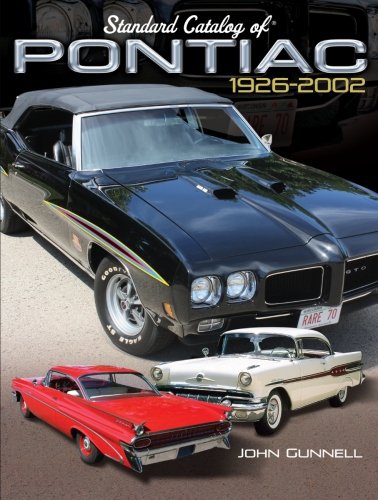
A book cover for Standard Catalog of Pontiac, 1926-2002; John Gunnell; Engineering & Transportation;